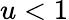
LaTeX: u<1